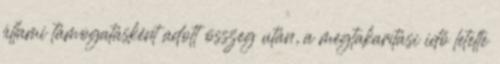
állami támogatásként adott összeg után, a megtakarítási idő letelte